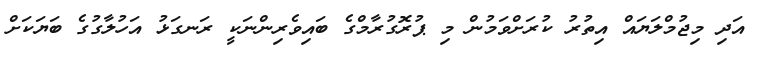
އަދި މިޖުމްލަޔައް އިތުރު ކުރަށްވަމުން މި ޕުރޮގުރާމްގެ ބައިވެރިންނަކީ ރަނގަޅު އަހުލާގުގެ ބަޔަކަށް